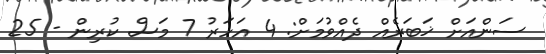
ސަންއަށް ޚަބަރެއް ދެއްވުމަށް: 4 އަހަރު 7 މަސް ކުރިން - 25